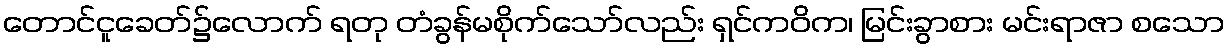
တောင်ငူခေတ်၌လောက် ရတု တံခွန်မစိုက်သော်လည်း ရှင်ကဝိက၊ မြင်းခွာစား မင်းရာဇာ စသော